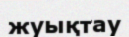
жуықтау